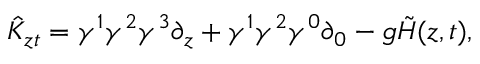
\hat { K } _ { z t } = \gamma ^ { 1 } \gamma ^ { 2 } \gamma ^ { 3 } \partial _ { z } + \gamma ^ { 1 } \gamma ^ { 2 } \gamma ^ { 0 } \partial _ { 0 } - g \tilde { H } ( z , t ) ,